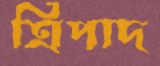
ত্রিপাদ